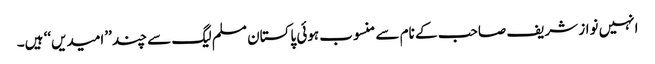
انہیں نواز شریف صاحب کے نام سے منسوب ہوئی پاکستان مسلم لیگ سے چند ’’امیدیں‘‘ ہیں۔